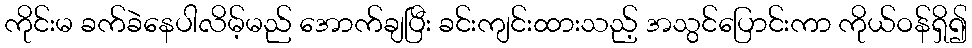
ကိုင်းမ ခက်ခဲနေပါလိမ့်မည် အောက်ချပြီး ခင်းကျင်းထားသည့် အသွင်ပြောင်းကာ ကိုယ်ဝန်ရှိ၍